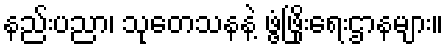
နည်းပညာ၊ သုတေသနနဲ့ ဖွံ့ဖြိုးရေးဌာနများ။